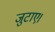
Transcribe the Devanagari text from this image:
जुटाए।